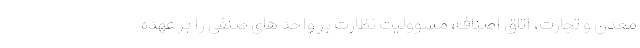
معدن و تجارت، اتاق اصناف، مسوولیت نظارت بر واحد های صنفی را بر عهده